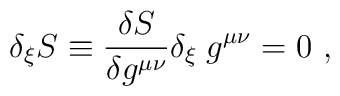
\delta_{\xi} S\equiv  {\delta S \over \delta g^{\mu\nu}}\delta_{\xi}\;g^{\mu\nu}= 0 \ ,